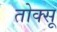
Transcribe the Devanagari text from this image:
तोक्सू